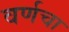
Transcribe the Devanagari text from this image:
वर्णचा